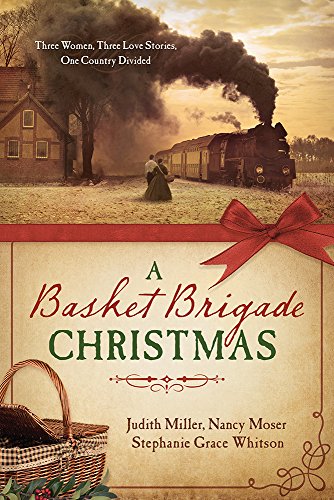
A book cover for A Basket Brigade Christmas: Three Women, Three Love Stories, One Country Divided; Judith Mccoy Miller; Romance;